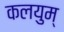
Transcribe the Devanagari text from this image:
कलयुम्